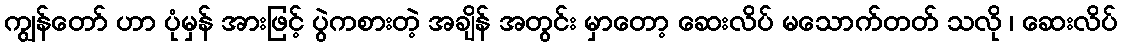
ကျွန်တော် ဟာ ပုံမှန် အားဖြင့် ပွဲကစားတဲ့ အချိန် အတွင်း မှာတော့ ဆေးလိပ် မသောက်တတ် သလို ၊ ဆေးလိပ်